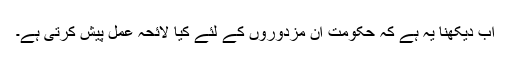
اب دیکھنا یہ ہے کہ حکومت ان مزدوروں کے لئے کیا لائحہ عمل پیش کرتی ہے۔